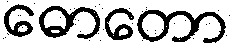
ဓောတော